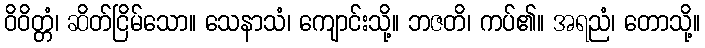
ဝိဝိတ္တံ၊ ဆိတ်ငြိမ်သော။ သေနာသံ၊ ကျောင်းသို့။ ဘဇတိ၊ ကပ်၏။ အရညံ၊ တောသို့။